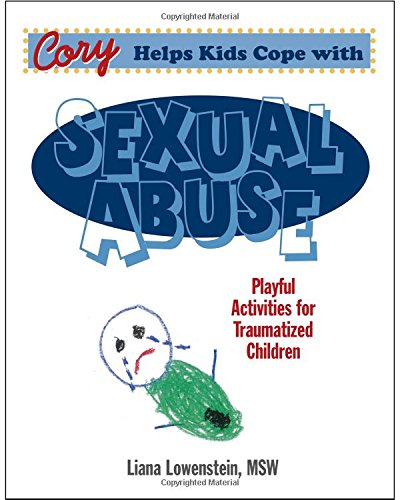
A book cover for Cory Helps Kids Cope with Sexual Abuse: Playful Activities for Traumatized Children; Liana Lowenstein; Health, Fitness & Dieting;